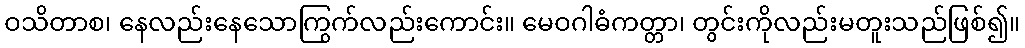
ဝသိတာစ၊ နေလည်းနေသောကြွက်လည်းကောင်း။ မေဝဂါဓံကတ္တာ၊ တွင်းကိုလည်းမတူးသည်ဖြစ်၍။